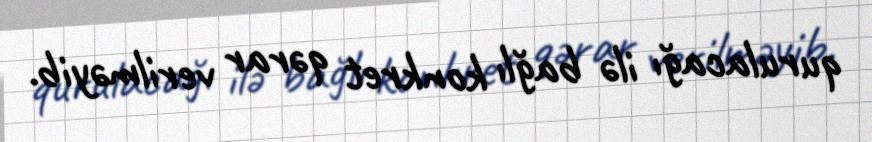
qurulacağı ilə bağlı konkret qərar verilməyib.